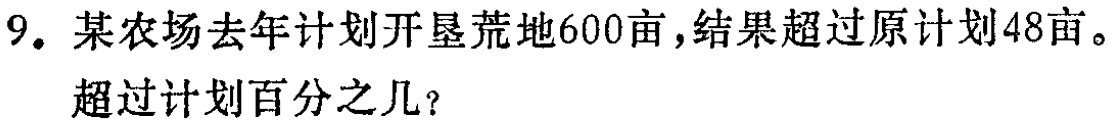
9. 某农场去年计划开垦荒地600亩，结果超过原计划48亩。

超过计划百分之几？